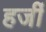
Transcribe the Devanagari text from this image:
हर्जी